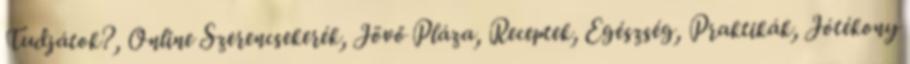
Tudjátok?, Online Szerencsekerék, Jövő Pláza, Receptek, Egészség, Praktikák, Jótékony